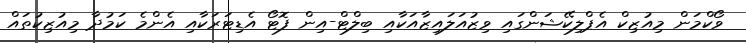
ވޯކްމަން މިއުޒިކް އެޕްލިކޭޝަންގައި ވިޒުއަލައިޒާއަކާއި ބިލްޓް-އިން ފޮޓޯ އެޑިޓަރަކާއި އެންމެ ކަމުދާ މިއުޒިކުތައް